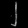
Digit: ၂